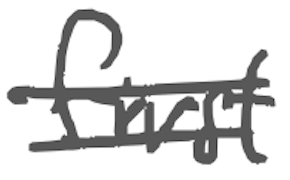
Text: first
Cross-out: double-line
Writing tool: digital_gray